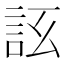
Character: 𧦚